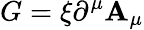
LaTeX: G=\xi\partial^{\mu}\mathbf{A}_{\mu}